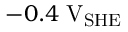
- 0 . 4 \; \mathrm { V } _ { \mathrm { S H E } }